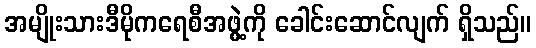
အမျိုးသားဒီမိုကရေစီအဖွဲ့ကို ခေါင်းဆောင်လျက် ရှိသည်။